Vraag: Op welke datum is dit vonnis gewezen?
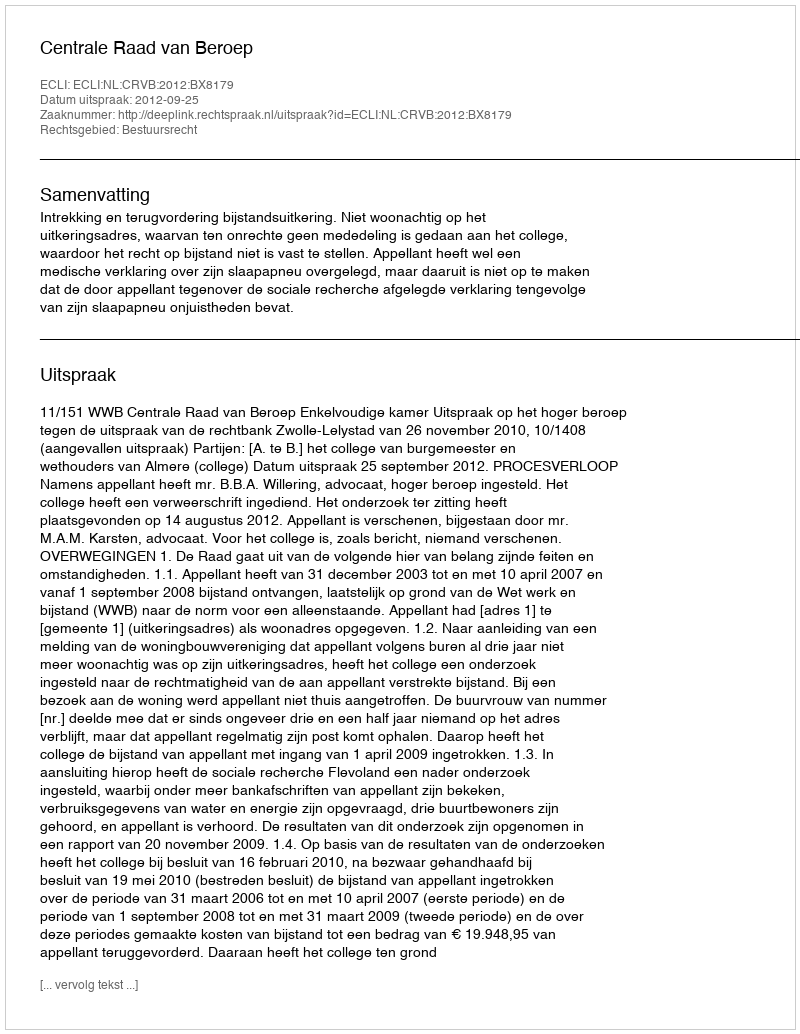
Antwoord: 2012-09-25